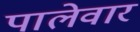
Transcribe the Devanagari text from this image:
पालेवार